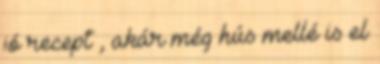
jó recept , akár még hús mellé is el